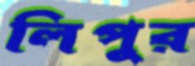
লিপুর